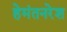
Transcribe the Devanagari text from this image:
हेमंतनरेश